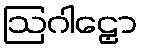
ဩဂါဠှော